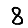
Digit: 8